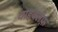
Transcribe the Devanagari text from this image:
वाइक्लेफ़